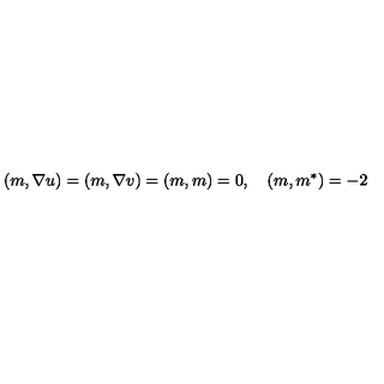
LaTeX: ( m , \nabla u ) = ( m , \nabla v ) = ( m , m ) = 0 , \quad ( m , m ^ { * } ) = - 2